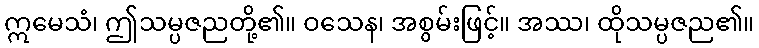
ဣမေသံ၊ ဤသမ္ပဇညတို့၏။ ဝသေန၊ အစွမ်းဖြင့်။ အဿ၊ ထိုသမ္ပဇည၏။